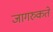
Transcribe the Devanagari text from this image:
जागरुकते